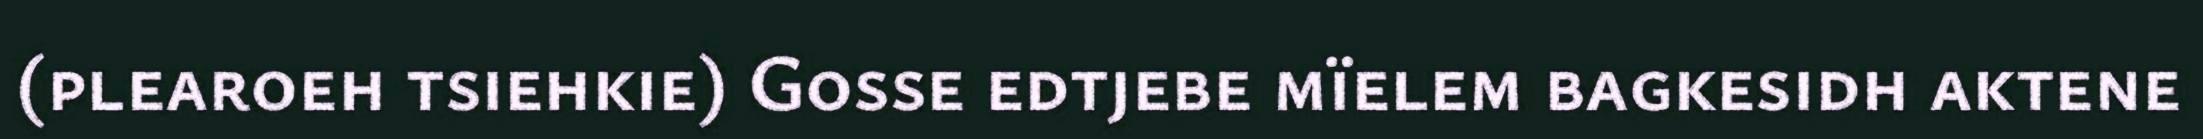
(plearoeh tsiehkie) Gosse edtjebe mïelem bagkesidh aktene